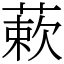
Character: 蔌